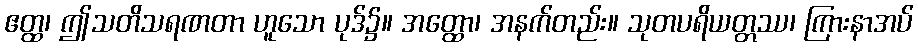
ဧတ္ထ၊ ဤသတိသရဏတာ ဟူသော ပုဒ်၌။ အတ္ထော၊ အနက်တည်း။ သုတပရိယတ္တဿ၊ ကြားနာအပ်